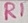
Text: R1